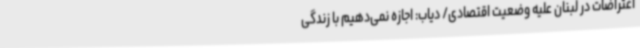
اعتراضات در لبنان علیه وضعیت اقتصادی/ دیاب: اجازه نمی‌دهیم با زندگی